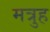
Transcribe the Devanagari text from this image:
मत्रुह